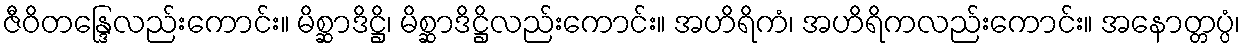
ဇီဝိတန္ဒြေလည်းကောင်း။ မိစ္ဆာဒိဋ္ဌိ၊ မိစ္ဆာဒိဋ္ဌိလည်းကောင်း။ အဟိရိကံ၊ အဟိရိကလည်းကောင်း။ အနောတ္တပ္ပံ၊